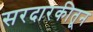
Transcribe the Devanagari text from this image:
सरदारकीतून